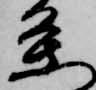
条